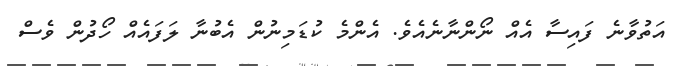
އަތުވާނެ ފައިސާ އެއް ނޯންނާނެއެވެ. އެންމެ ކުޑަމިނުން އެބުނާ ލަފައެއް ހޯދުން ވެސް